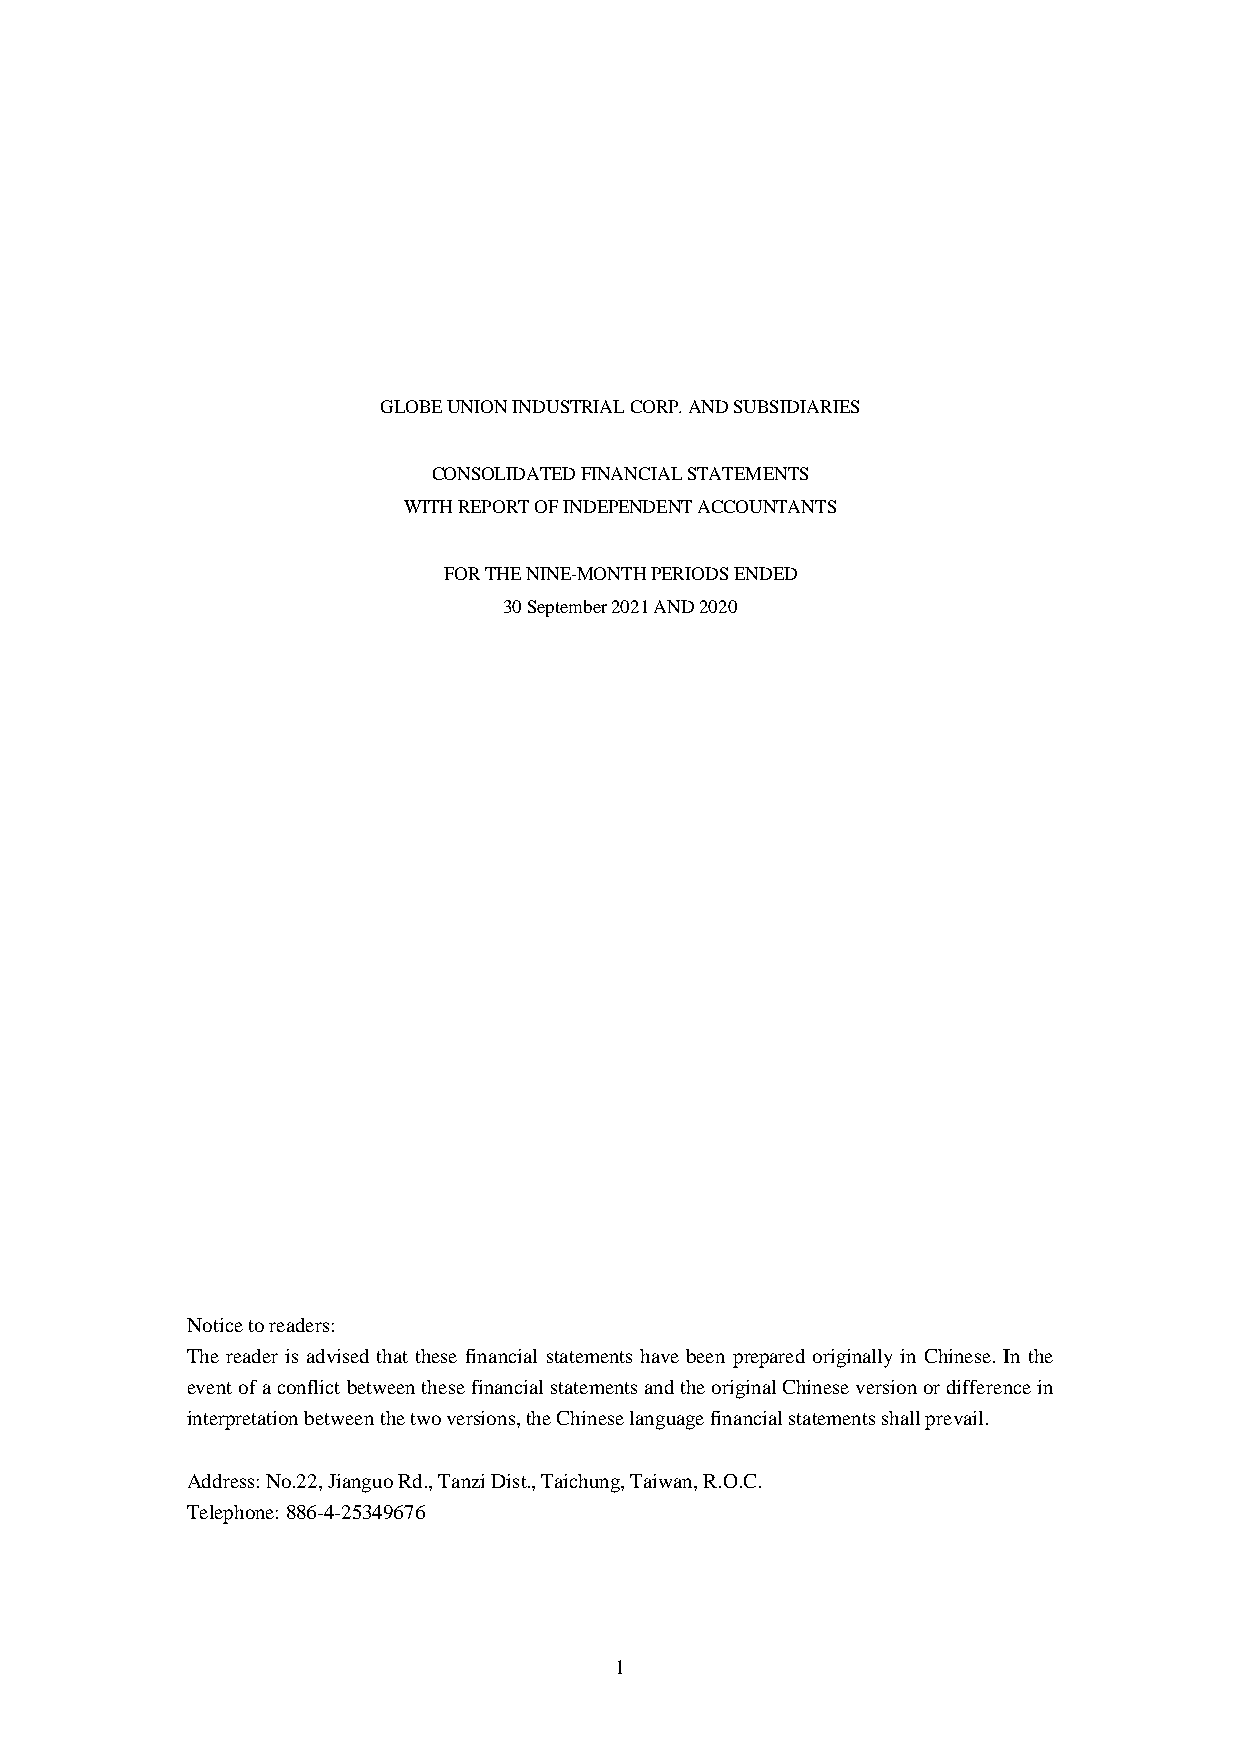
GLOBE UNION INDUSTRIAL CORP. AND SUBSIDIARIES
 CONSOLIDATED FINANCIAL STATEMENTS
 WITH REPORT OF INDEPENDENT ACCOUNTANTS
 FOR THE NINE-MONTH PERIODS ENDED
 30 September 2021 AND 2020
 Notice to readers:
 The reader is advised that these financial statements have been prepared originally in Chinese. In the
 event of a conflict between these financial statements and the original Chinese version or difference in
 interpretation between the two versions, the Chinese language financial statements shall prevail.
 Address: No.22, Jianguo Rd., Tanzi Dist., Taichung, Taiwan, R.O.C.
 Telephone: 886-4-25349676
 1